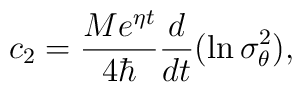
c_2=\frac{Me^{\eta t}}{4\hbar }\frac d{dt}(\ln \sigma _\theta ^2),